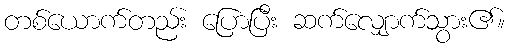
တစ်ယောက်တည်း ပြောပြီး ဆက်လျှောက်သွား၏။